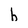
Character: b